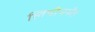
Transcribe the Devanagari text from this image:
लिपीपर्यंत